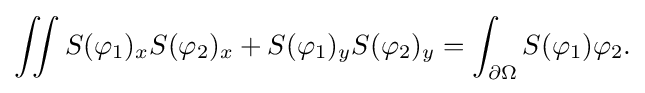
\displaystyle {\iint S(\varphi _{1})_{x}S(\varphi _{2})_{x}+S(\varphi _{1})_{y}S(\varphi _{2})_{y}=\int _{\partial \Omega }S(\varphi _{1})\varphi _{2}.}